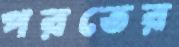
পরতের